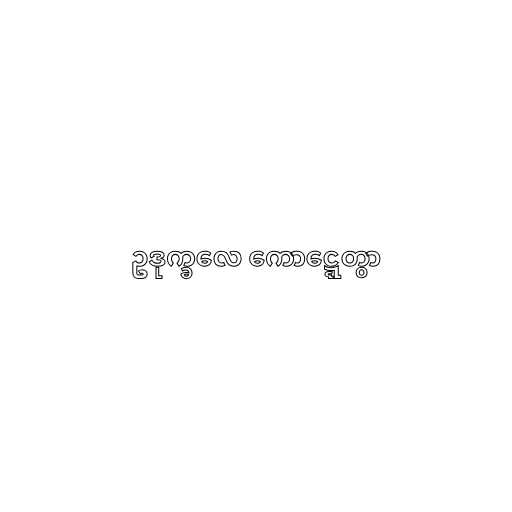
ဥဒုက္ခလေ ကောဋ္ဋေတွာ